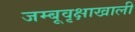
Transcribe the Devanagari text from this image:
जम्बूवृक्षाखाली